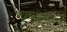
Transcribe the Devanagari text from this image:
कलाक्षेत्राला